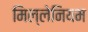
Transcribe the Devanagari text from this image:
मिल्लेनियम